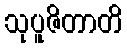
သုပူဇိတာတိ